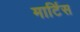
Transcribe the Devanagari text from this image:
मार्टिस